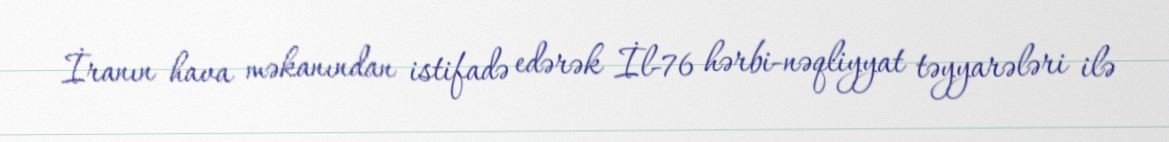
İranın hava məkanından istifadə edərək İl-76 hərbi-nəqliyyat təyyarələri ilə